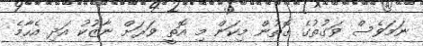
ނަމަވެސް ވަގުތުގެ ގޮތުން މިކަން މި އޮތީ ވަރަށް ނާޒުކު އަދި އެހާމެ